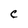
Character: C